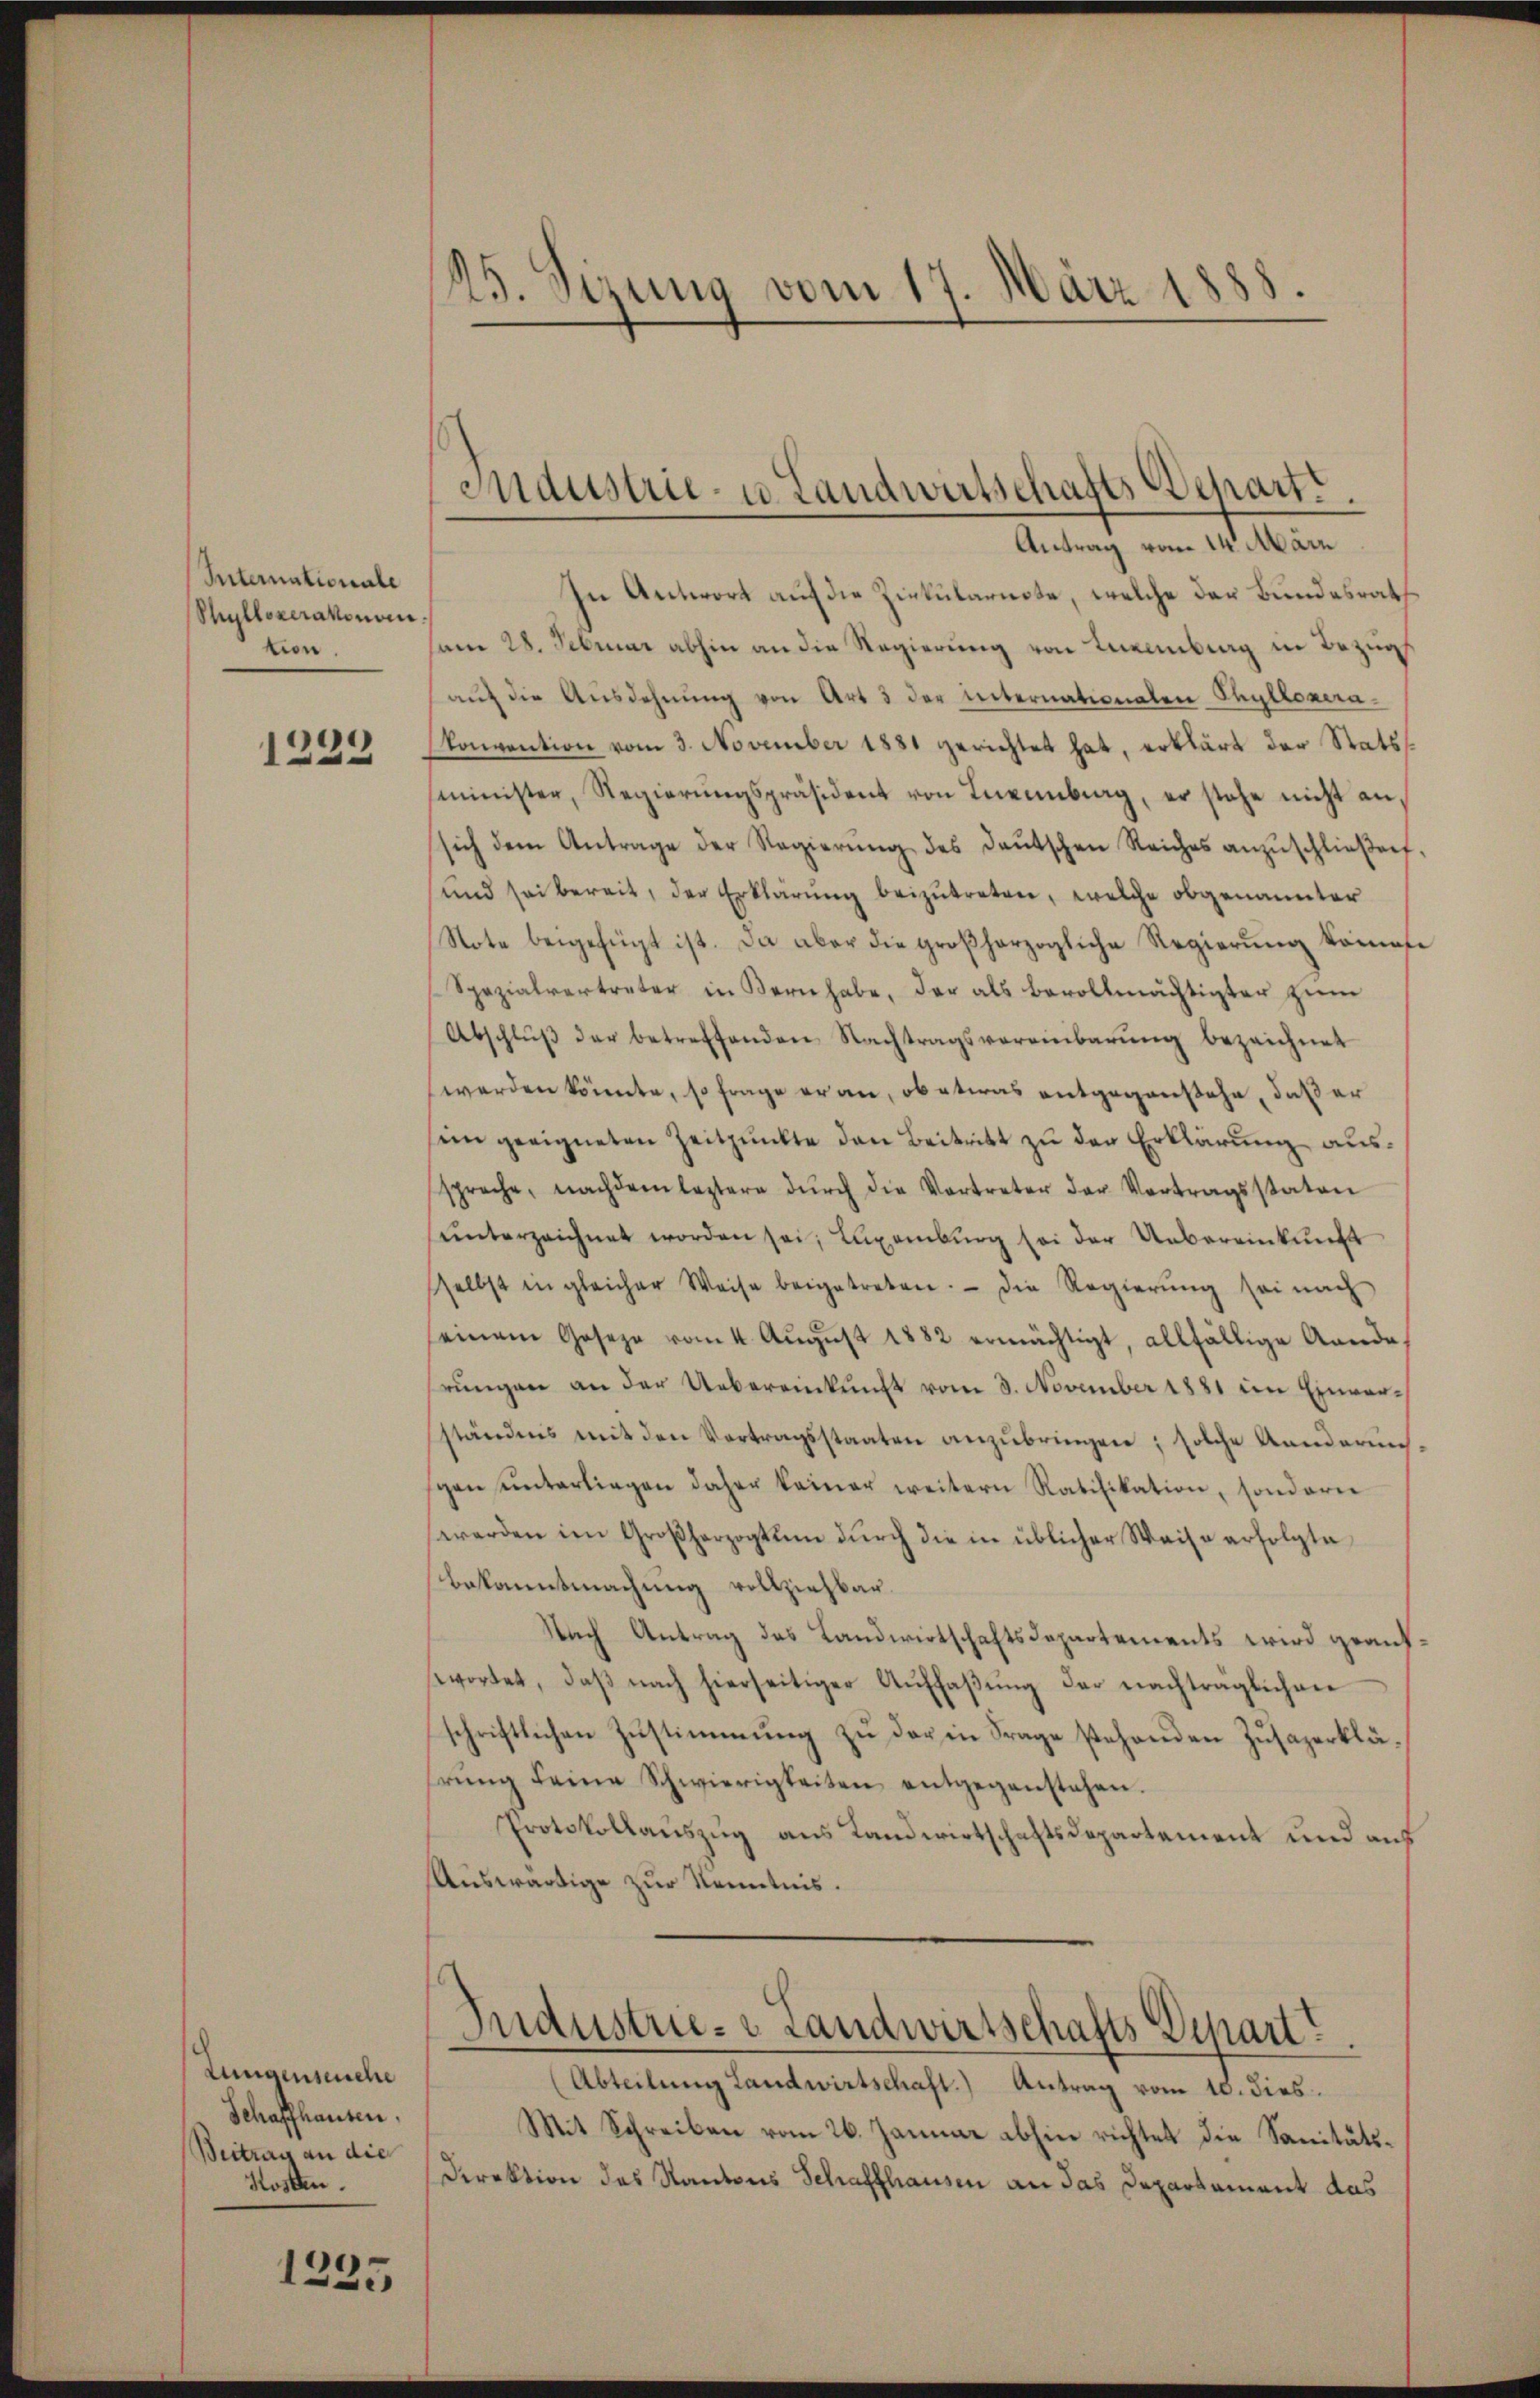
Internationale
Shullozerakonom
tion

1232

Zungenseuche
Schaffhausen,
Beitrag an die
Kosten.

1225

In Antwort auf die Zirkulariste, welche der Bundesrath
am 28. Februar abhin an die Regierŭng von Leinberg in Bezugs
aŭf die Ausdehnung von Art 3 der internationalen Phyllonerakonvention vom 3. November 1881 gerichtet hat, erklärt der Statsminister, Regierŭngspräsident von Invenberg, er stehe nicht an,
sich dem Antrage der Regierŭng des deŭtschen Reiches anzŭschlieβen.
und sei bereit, der Erklärŭng beizŭtreten, welche obgenannter
Note beigefügt ist. Da aber die großherzogliche Regierŭng kompte
Spezialvertreter in Kern habe, der als bevollmächtigter zŭm
Abschlŭβ der betreffenden Nachtragsvereinbarŭng bezeichnet
werden könnte, so frage er an, ob etwas entgegenstehe, daß er
in geeigneten Zeitpunkte den Beitritt zu den Erklärung aussprache, nachdem leztere dŭrch die Vortreter der Vertragsstaten
ŭnterzeichnet worden sei; Luxenbŭrg sei der Uebereinkunft
selbst in gleicher Weise beigetreten. Die Regierŭng sei nach
seinem Joseze vom 4. Aŭgŭst 1882 ermächtigt, allfällige Aende
rungen an der Uebereinkunft vom 3. November 1881 im Einverständnis mit den Vertragsstaaten anzŭbringen; solche Annderin
gen ŭnterliegen daher keiner weitern Ratifikation, sonderer
werden im Großherzogtum durch die in üblicher Weise erfolgte
Bekanntmachung vollziehbar.
Nach Antrag das Landwirtschaftsdepartements wird geaufwortet, daβ nach hierseitiger Aŭffaβŭng der nachträglichen
schriftlichen Zustimmung zu der in Frage stehenden Zusazerklährŭng seine Schwierigkeiten entgegenstehen.
Protokollaŭszŭg ans Landwirtschaftsdepartement und auf
Auswärtige zur Kenntnis.
Industrie- & Landwirtschafts Depart
Abteilung Landwirtschaft.) Antrag vom 10. dies
Mit Schreiben vom 26. Januar abhin richtet die Sanitäts¬
Direktion des Kantons Schaffhausen an das Departament das

125. Sizung vom 17. März 1888

Industrie- u. Landwirtschafts Depart.
Antrag vom 14. März